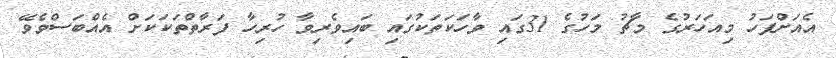
އެއަށްފަހު މިއަހަރުގެ މާޗު މަހުގެ 31ގައި ވާހަކަތަކުގައި ބައިވެރިވާ ހުރިހާ ފަރާތްތަކަކަށް އެއްބަސްވެވޭ